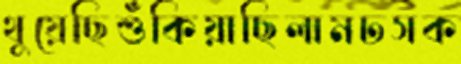
থুয়েছিশুঁকিয়াছিলামঢসক